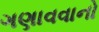
ગણાવવાનો